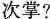
次掌?